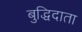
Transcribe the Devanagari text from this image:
बुद्धिदाता